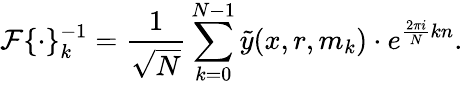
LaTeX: \mathcal{F}\{ \cdot\} _{k}^{-1}=\frac{1}{\sqrt{N}}\sum_{k=0}^{N-1}\tilde{y}(x,r,m_{k})\cdot e^{\frac{2\pi i}{N}kn}.